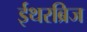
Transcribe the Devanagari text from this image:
ईथरब्रिज